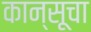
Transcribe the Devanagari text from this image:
कान्सूचा